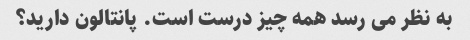
به نظر می رسد همه چیز درست است. پانتالون دارید؟